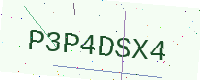
Text: P3P4DSX4